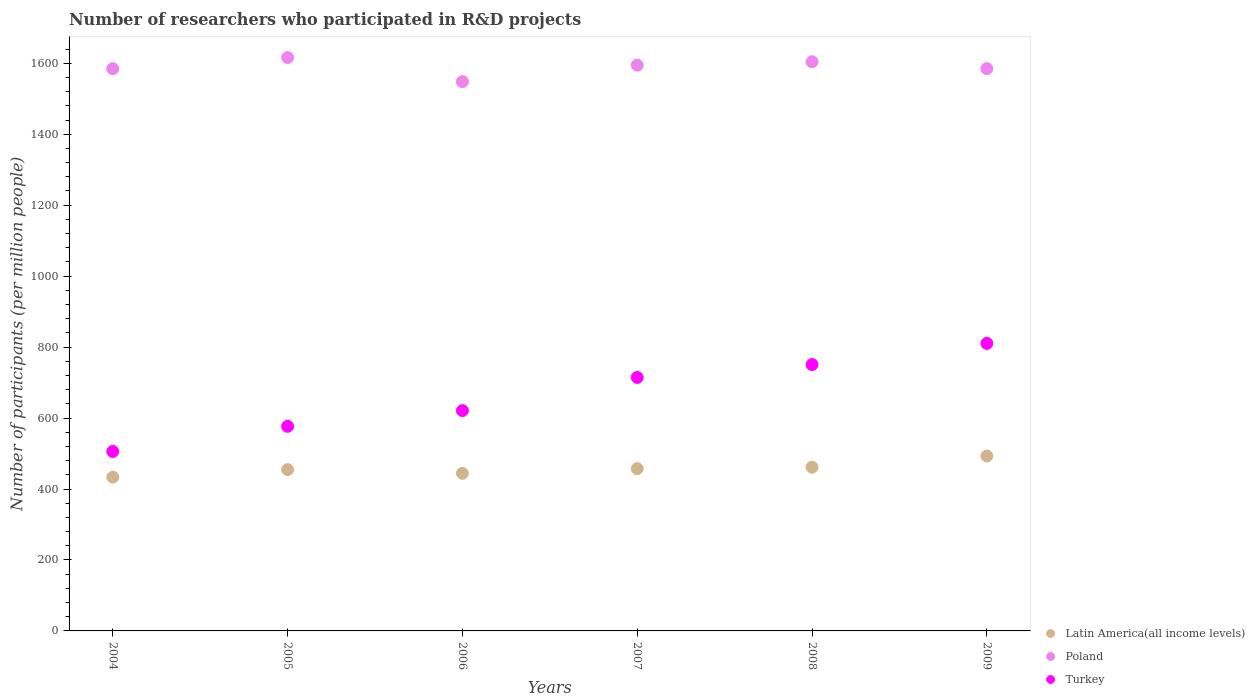
| Years | Latin America(all income levels) | Poland | Turkey |
 | --- | --- | --- | --- |
 | 2004 | 433 | 1.58e+03 | 506 |
 | 2005 | 455 | 1.62e+03 | 577 |
 | 2006 | 444 | 1.55e+03 | 621 |
 | 2007 | 457 | 1.59e+03 | 714 |
 | 2008 | 461 | 1.6e+03 | 751 |
 | 2009 | 493 | 1.59e+03 | 811 |